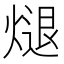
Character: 煺